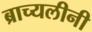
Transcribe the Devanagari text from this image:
ब्राच्यलीनी